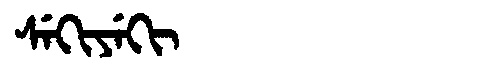
Manchu: ᠰᡝᡴᡳᠶᡝᡴᡳ
Romanization: SEKIYEKI